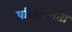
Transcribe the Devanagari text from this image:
परिक्षीणता